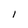
Character: 1